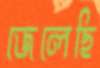
জেলেছি